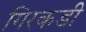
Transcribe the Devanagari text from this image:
गिरकडी